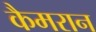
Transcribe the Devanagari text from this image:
कैमरान